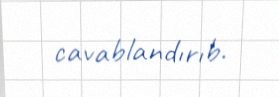
cavablandırıb.